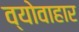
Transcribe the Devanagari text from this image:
व्योवाहार